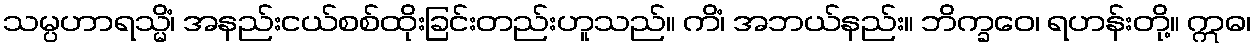
သမ္ပဟာရသ္မိံ၊ အနည်းငယ်စစ်ထိုးခြင်းတည်းဟူသည်။ ကိံ၊ အဘယ်နည်း။ ဘိက္ခဝေ၊ ရဟန်းတို့။ ဣဓ၊